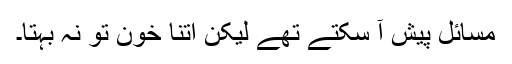
مسائل پیش آ سکتے تھے لیکن اتنا خون تو نہ بہتا۔